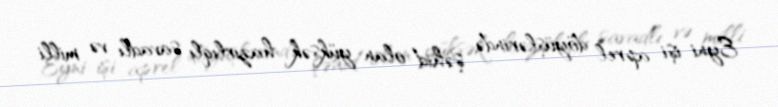
Eyni işi aprel döyüşlərində şəhid olan yüksək hazırlıqlı savadlı və milli